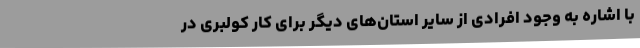
با اشاره به وجود افرادی از سایر استان‌های دیگر برای کار کولبری در